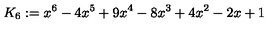
K _ { 6 } : = x ^ { 6 } - 4 x ^ { 5 } + 9 x ^ { 4 } - 8 x ^ { 3 } + 4 x ^ { 2 } - 2 x + 1